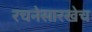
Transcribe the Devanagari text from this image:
रचनेसारखेच